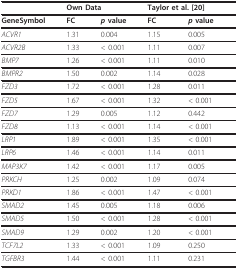
|  | <COLSPAN=2> Own Data | <COLSPAN=2> Taylor et al. [20] |
 | --- | --- | --- | --- | --- |
 | GeneSymbol | FC | p value | FC | p value |
 | ACVR1 | 1.31 | 0.004 | 1.15 | 0.005 |
 | ACVR2B | 1.33 | < 0.001 | 1.11 | 0.007 |
 | BMP7 | 1.26 | < 0.001 | 1.11 | 0.010 |
 | BMPR2 | 1.50 | 0.002 | 1.14 | 0.028 |
 | FZD3 | 1.72 | < 0.001 | 1.28 | 0.011 |
 | FZD5 | 1.67 | < 0.001 | 1.32 | < 0.001 |
 | FZD7 | 1.29 | 0.005 | 1.12 | 0.442 |
 | FZD8 | 1.13 | < 0.001 | 1.14 | < 0.001 |
 | LRP1 | 1.89 | < 0.001 | 1.35 | < 0.001 |
 | LRP6 | 1.46 | < 0.001 | 1.14 | 0.011 |
 | MAP3K7 | 1.42 | < 0.001 | 1.17 | 0.005 |
 | PRKCH | 1.25 | 0.002 | 1.09 | 0.074 |
 | PRKD1 | 1.86 | < 0.001 | 1.47 | < 0.001 |
 | SMAD2 | 1.45 | 0.005 | 1.18 | 0.006 |
 | SMAD5 | 1.50 | < 0.001 | 1.28 | < 0.001 |
 | SMAD9 | 1.29 | 0.002 | 1.20 | < 0.001 |
 | TCF7L2 | 1.33 | < 0.001 | 1.09 | 0.250 |
 | TGFBR3 | 1.44 | < 0.001 | 1.11 | 0.231 |